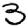
Digit: 3